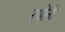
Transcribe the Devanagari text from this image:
रधोंनी